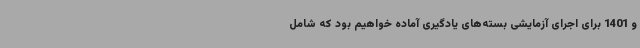
و 1401 برای اجرای آزمایشی بسته‌های یادگیری آماده خواهیم بود که شامل